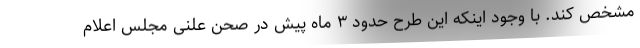
مشخص کند. با وجود اینکه این طرح حدود ۳ ماه پیش در صحن علنی مجلس اعلام